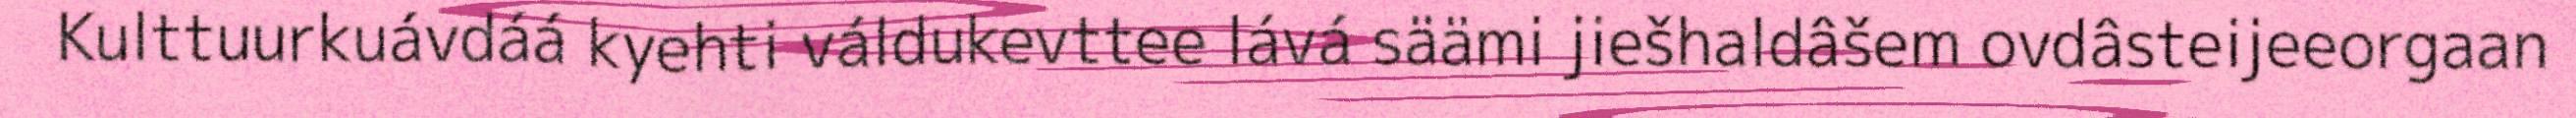
Kulttuurkuávdáá kyehti váldukevttee lává säämi jiešhaldâšem ovdâsteijeeorgaan